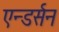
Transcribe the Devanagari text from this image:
एन्डर्सन